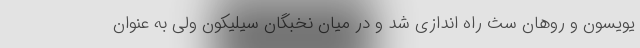
یویسون و روهان سث راه اندازی شد و در میان نخبگان سیلیکون ولی به عنوان